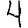
Digit: 4